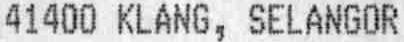
41400 KLANG, SELANGOR